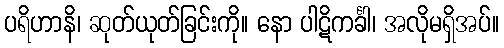
ပရိဟာနိ၊ ဆုတ်ယုတ်ခြင်းကို။ နော ပါဋိကင်္ခါ၊ အလိုမရှိအပ်။